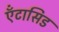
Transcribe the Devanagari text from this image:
ऍंटासिड